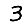
Digit: 3